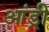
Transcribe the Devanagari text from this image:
आंड्री